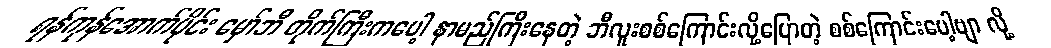
ရန်ကုန်အောက်ပိုင်း မှော်ဘီ တိုက်ကြီးကပေါ့ နာမည်ကြီးနေတဲ့ ဘီလူးစစ်ကြောင်းလို့ပြောတဲ့ စစ်ကြောင်းပေါ့ဗျာ လို့